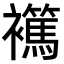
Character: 𧞶